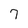
Character: 7